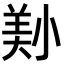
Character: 𡮔